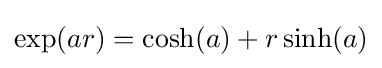
\exp(ar)=\cosh(a)+r\sinh(a)